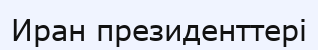
Иран президенттері